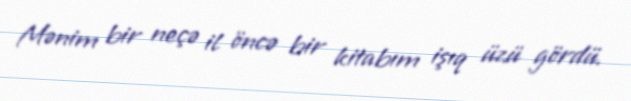
Mənim bir neçə il öncə bir kitabım işıq üzü gördü.